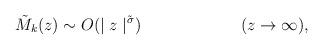
LaTeX: \begin{align*}\tilde{M}_k (z) \sim O(\mid z\mid ^{\tilde{\sigma}} ) \hspace{1in}(z\rightarrow\infty),\end{align*}